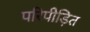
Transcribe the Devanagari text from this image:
परिपीड़ित